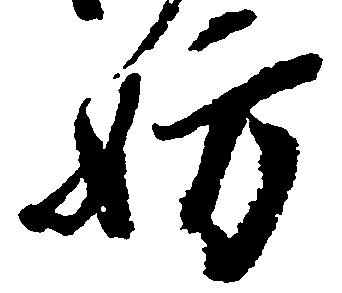
妨